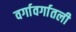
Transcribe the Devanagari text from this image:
वर्गावर्गातली